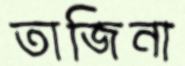
তাজিনা